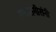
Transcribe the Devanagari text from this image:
तमाशगीरांनी